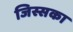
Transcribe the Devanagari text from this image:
जिस्सका